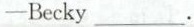
—-Becky___.